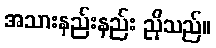
အသားနည်းနည်း ညိုသည်။